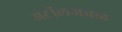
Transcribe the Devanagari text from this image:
अटॉलजवळ